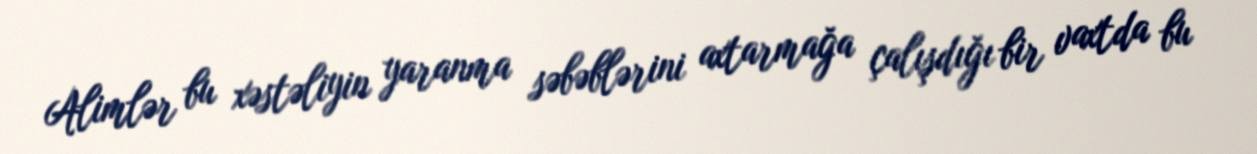
Alimlər bu xəstəliyin yaranma səbəblərini axtarmağa çalışdığı bir vaxtda bu